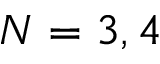
N = 3 , 4